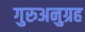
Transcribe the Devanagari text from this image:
गुरुअनुग्रह